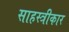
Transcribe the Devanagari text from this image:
साहस्त्रीकार